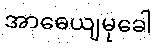
အာဓေယျမုခေါ